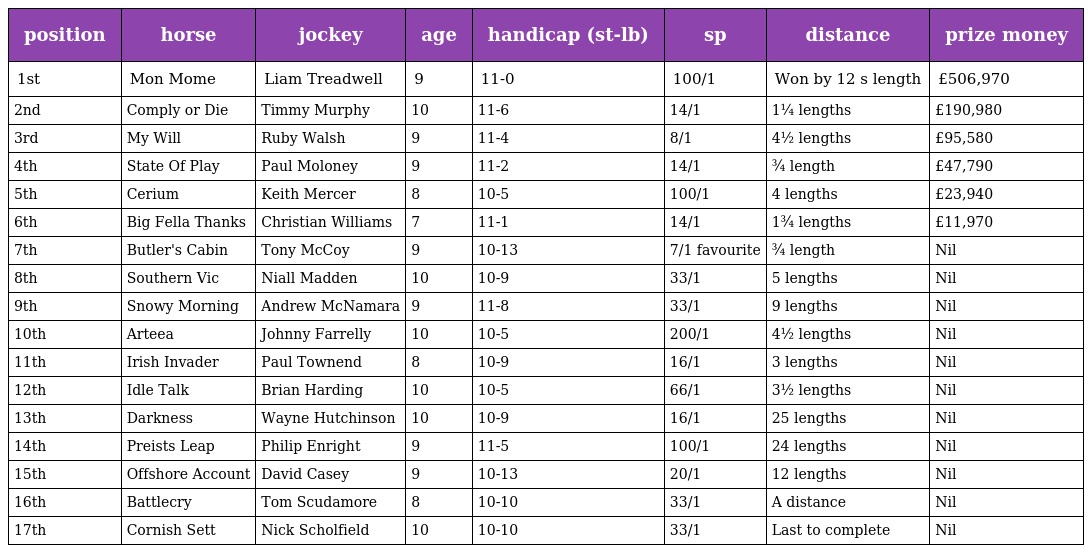
| position | horse | jockey | age | handicap (st-lb) | sp | distance | prize money |
 | --- | --- | --- | --- | --- | --- | --- | --- |
 | 1st | Mon Mome | Liam Treadwell | 9 | 11-0 | 100/1 | Won by 12 s length | £506,970 |
 | 2nd | Comply or Die | Timmy Murphy | 10 | 11-6 | 14/1 | 1¼ lengths | £190,980 |
 | 3rd | My Will | Ruby Walsh | 9 | 11-4 | 8/1 | 4½ lengths | £95,580 |
 | 4th | State Of Play | Paul Moloney | 9 | 11-2 | 14/1 | ¾ length | £47,790 |
 | 5th | Cerium | Keith Mercer | 8 | 10-5 | 100/1 | 4 lengths | £23,940 |
 | 6th | Big Fella Thanks | Christian Williams | 7 | 11-1 | 14/1 | 1¾ lengths | £11,970 |
 | 7th | Butler's Cabin | Tony McCoy | 9 | 10-13 | 7/1 favourite | ¾ length | Nil |
 | 8th | Southern Vic | Niall Madden | 10 | 10-9 | 33/1 | 5 lengths | Nil |
 | 9th | Snowy Morning | Andrew McNamara | 9 | 11-8 | 33/1 | 9 lengths | Nil |
 | 10th | Arteea | Johnny Farrelly | 10 | 10-5 | 200/1 | 4½ lengths | Nil |
 | 11th | Irish Invader | Paul Townend | 8 | 10-9 | 16/1 | 3 lengths | Nil |
 | 12th | Idle Talk | Brian Harding | 10 | 10-5 | 66/1 | 3½ lengths | Nil |
 | 13th | Darkness | Wayne Hutchinson | 10 | 10-9 | 16/1 | 25 lengths | Nil |
 | 14th | Preists Leap | Philip Enright | 9 | 11-5 | 100/1 | 24 lengths | Nil |
 | 15th | Offshore Account | David Casey | 9 | 10-13 | 20/1 | 12 lengths | Nil |
 | 16th | Battlecry | Tom Scudamore | 8 | 10-10 | 33/1 | A distance | Nil |
 | 17th | Cornish Sett | Nick Scholfield | 10 | 10-10 | 33/1 | Last to complete | Nil |